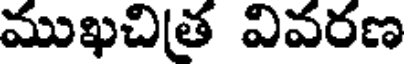
ముఖచిత వివరణ